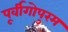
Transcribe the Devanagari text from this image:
पूर्वीगोपुरम